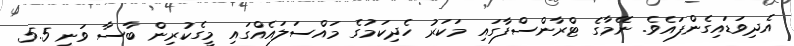
އެދިވަޑައިގެންފައެވެ. ނޭމާގެ ޓްރާންސްފާގައި މަކަރު ހެދިކަމުގެ މައްސަލައެއްގައި މީގެކުރިން ބާސާ ވަނީ 5.5